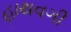
હાથવગી